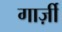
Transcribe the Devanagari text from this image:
गार्ज़ी